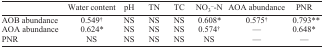
|  | Water content | pH | TN | TC | NO3−-N | AOA abundance | PNR |
 | --- | --- | --- | --- | --- | --- | --- | --- |
 | AOB abundance | 0.549† | NS | NS | NS | 0.608* | 0.575† | 0.793** |
 | AOA abundance | 0.624* | NS | NS | NS | 0.574† | — | 0.648* |
 | PNR | NS | NS | NS | NS | NS | — | — |